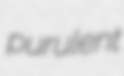
purulent